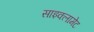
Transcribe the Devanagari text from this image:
साइक्लामेट